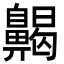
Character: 齃